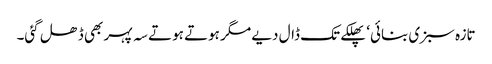
تازہ سبزی بنائی‘ پھلکے تک ڈال دیے مگر ہوتے ہوتے سہ پہر بھی ڈھل گئی۔